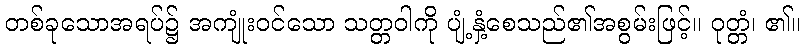
တစ်ခုသောအရပ်၌ အကျုံးဝင်သော သတ္တဝါကို ပျံ့နှံ့စေသည်၏အစွမ်းဖြင့်။ ဝုတ္တံ၊ ၏။